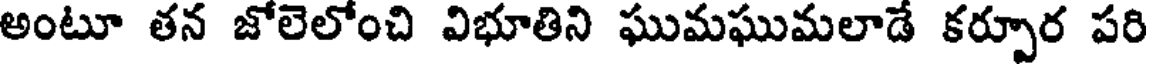
అంటూ తన జోలెలోంచి విభూతిని ఘుమఘుమలాడే కర్పూర పరి